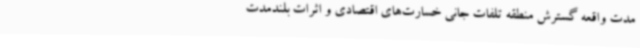
مدت واقعه گسترش منطقه تلفات جانی خسارت‌های اقتصادی و اثرات بلندمدت